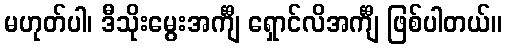
မဟုတ်ပါ၊ ဒီသိုးမွေးအင်္ကျီ ရှောင်လိအင်္ကျီ ဖြစ်ပါတယ်။